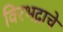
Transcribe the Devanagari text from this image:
विरभद्राचे